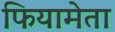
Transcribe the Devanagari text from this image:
फियामेता